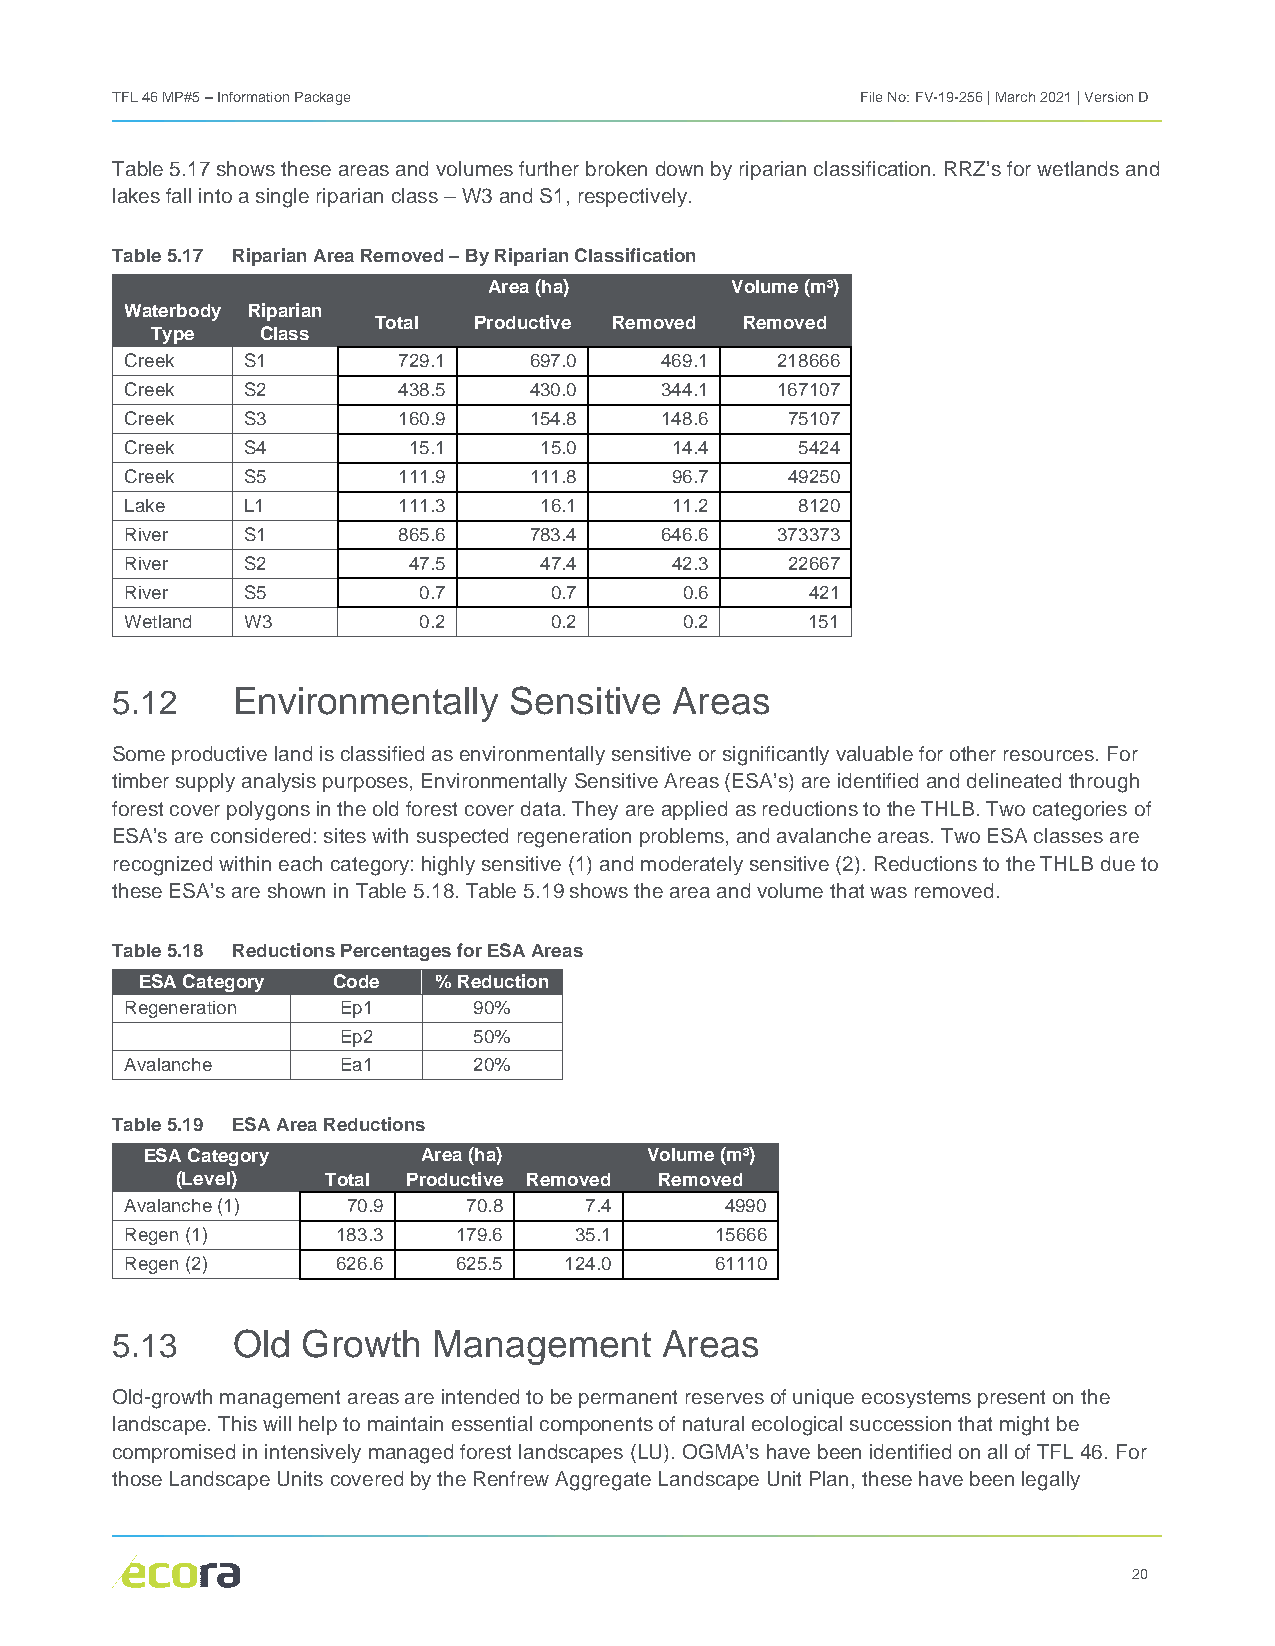
TFL 46 MP#5 – Information Package                 File No: FV-19-256 | March 2021 | Version D
 Table 5.17 shows these areas and volumes further broken down by riparian classification. RRZ’s for wetlands and
 lakes fall into a single riparian class – W3 and S1, respectively.
 Table 5.17 Riparian Area Removed – By Riparian Classification
 Area (ha)       Volume (m³)
 Waterbody Riparian
 Total Productive Removed Removed
 Type   Class
 Creek   S1        729.1    697.0    469.1  218666
 Creek   S2        438.5    430.0    344.1  167107
 Creek   S3        160.9    154.8    148.6   75107
 Creek   S4         15.1     15.0    14.4     5424
 Creek   S5        111.9    111.8    96.7    49250
 Lake    L1        111.3     16.1    11.2     8120
 River   S1        865.6    783.4    646.6  373373
 River   S2         47.5     47.4    42.3    22667
 River   S5          0.7     0.7      0.6      421
 Wetland W3          0.2     0.2      0.2      151
 5.12    Environmentally    Sensitive  Areas
 Some productive land is classified as environmentally sensitive or significantly valuable for other resources. For
 timber supply analysis purposes, Environmentally Sensitive Areas (ESA’s) are identified and delineated through
 forest cover polygons in the old forest cover data. They are applied as reductions to the THLB. Two categories of
 ESA’s are considered: sites with suspected regeneration problems, and avalanche areas. Two ESA classes are
 recognized within each category: highly sensitive (1) and moderately sensitive (2). Reductions to the THLB due to
 these ESA’s are shown in Table 5.18. Table 5.19 shows the area and volume that was removed.
 Table 5.18 Reductions Percentages for ESA Areas
 ESA Category Code   % Reduction
 Regeneration  Ep1      90%
 Ep2      50%
 Avalanche     Ea1      20%
 Table 5.19 ESA Area Reductions
 ESA Category      Area (ha)      Volume (m³)
 (Level)   Total Productive Removed Removed
 Avalanche (1)  70.9    70.8    7.4      4990
 Regen (1)     183.3   179.6   35.1     15666
 Regen (2)     626.6   625.5  124.0     61110
 5.13    Old  Growth   Management     Areas
 Old-growth management areas are intended to be permanent reserves of unique ecosystems present on the
 landscape. This will help to maintain essential components of natural ecological succession that might be
 compromised in intensively managed forest landscapes (LU). OGMA’s have been identified on all of TFL 46. For
 those Landscape Units covered by the Renfrew Aggregate Landscape Unit Plan, these have been legally
 20